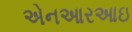
એનઆરઆઇ